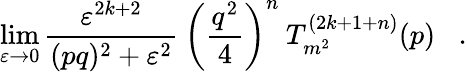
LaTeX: \operatorname*{lim}_{\varepsilon\rightarrow 0}\frac{\varepsilon^{2k+2}}{(pq)^{2}+\varepsilon^{2}}\: \left(\frac{q^{2}}{4}\right)^{n}\: T_{m^{2}}^{(2k+1+n)}(p)\; \; \; .